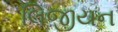
લિજીયન